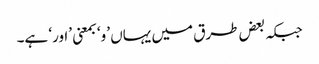
جبکہ بعض طرق میں یہاں ’و‘ بمعنی ’اور‘ ہے۔